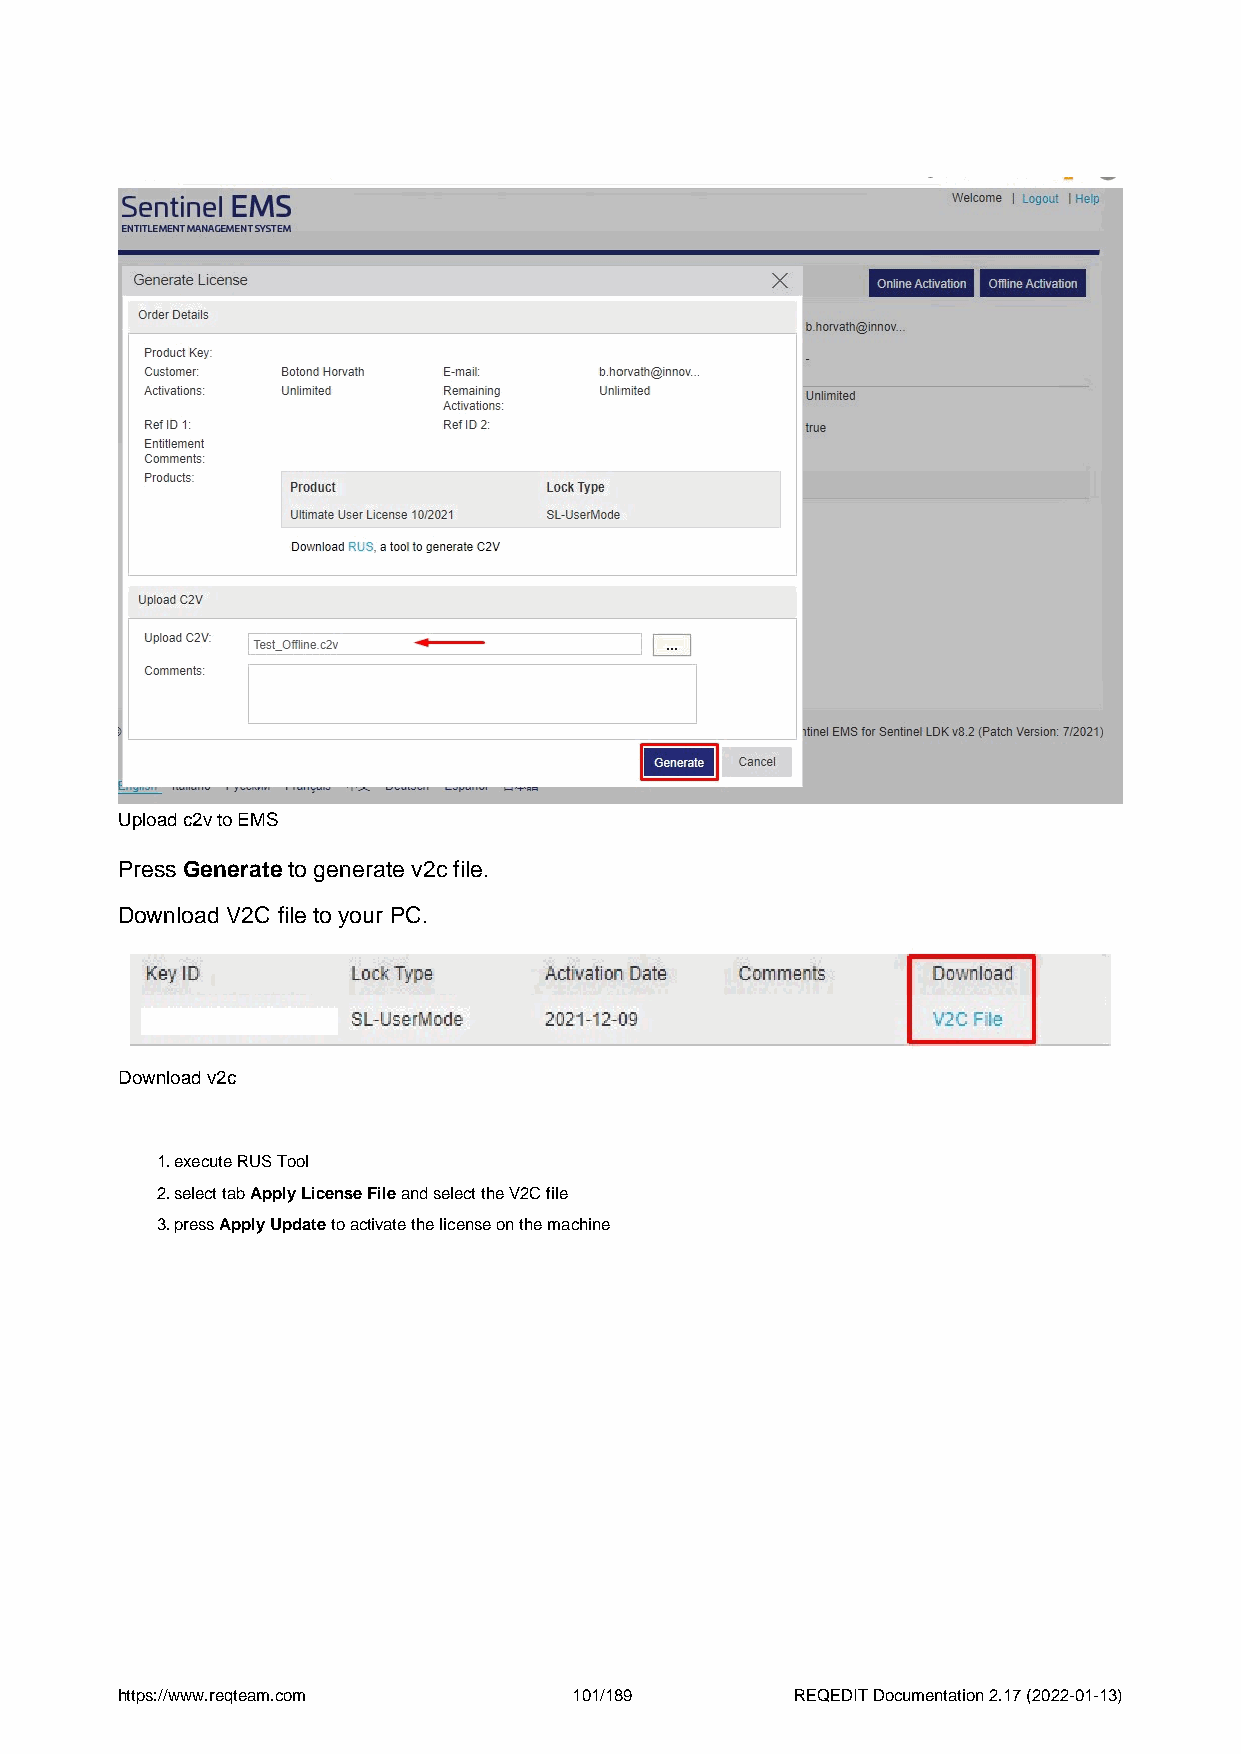
Upload c2v to EMS
 Press Generate to generate v2c file.
 Download V2C file to your PC.
 Download v2c
 1.execute RUS Tool
 2.select tab Apply License File and select the V2C file
 3.press Apply Update to activate the license on the machine
 https://www.reqteam.com       101/189        REQEDIT Documentation 2.17 (2022-01-13)